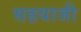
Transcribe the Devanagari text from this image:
सहयाजी